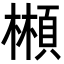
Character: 䫐